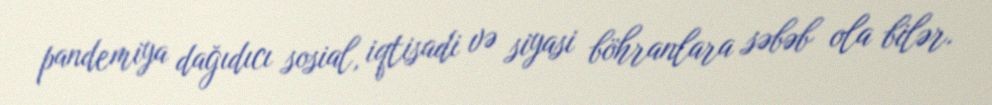
pandemiya dağıdıcı sosial, iqtisadi və siyasi böhranlara səbəb ola bilər.